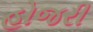
હોજરી